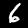
Digit: 6